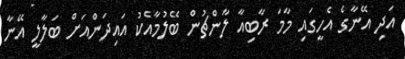
އަދި އޭނާގެ އެހީގައި މާމަ ރާބިއާ ލާންޗުން ބޭލުމާއެކު އައިދަންއަށް ބަލާލީ އޭނާ